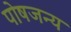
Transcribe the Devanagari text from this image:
पोषजन्य